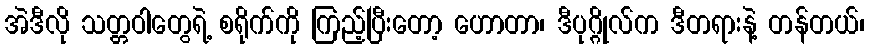
အဲဒီလို သတ္တဝါတွေရဲ့ စရိုက်ကို ကြည့်ပြီးတော့ ဟောတာ၊ ဒီပုဂ္ဂိုလ်က ဒီတရားနဲ့ တန်တယ်၊